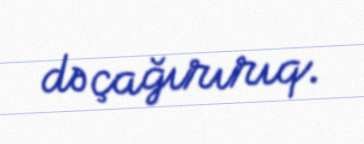
də çağırırıq.